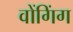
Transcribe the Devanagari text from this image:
वोंगिंग